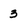
Character: 3